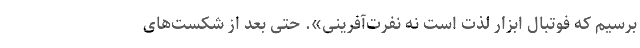
برسیم که فوتبال ابزار لذت است نه نفرت‌آفرینی». حتی بعد از شکست‌های